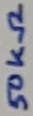
Text: 50KΩ